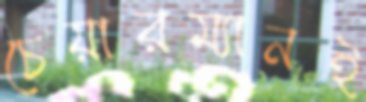
চেয়ারম্যানই